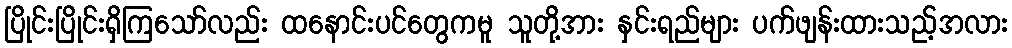
ပြိုင်းပြိုင်းရှိကြသော်လည်း ထနောင်းပင်တွေကမူ သူတို့အား နှင်းရည်များ ပက်ဖျန်းထားသည့်အလား